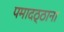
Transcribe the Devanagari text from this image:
पमादठ्ठाना